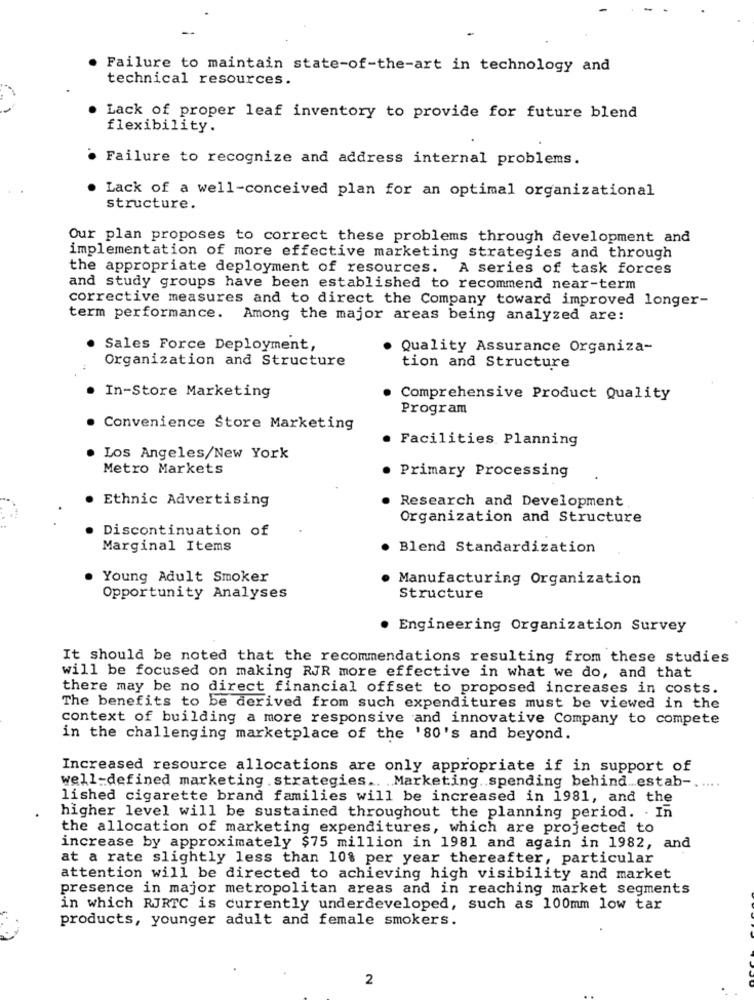
Failure to maintain state-of-the-art in technology and
technical resources.
Lack of proper leaf inventory to provide for future blend
flexibility.
Failure to recognize and address internal problems.
Lack of a well-conceived plan for an optimal organizational
structure.
Our plan proposes to correct these problems through development and
implementation of more effective marketing strategies and through
the appropriate deployment of resources. A series of task forces
and study groups have been established to recommend near-term
corrective measures and to direct the Company toward improved longer-
term performance. Among the major areas being analyzed are:
Sales Force Deployment,
Quality Assurance Organiza-
Organization and Structure
tion and Structure
In-Store Marketing
Comprehensive Product Quality
Program
Convenience Store Marketing
· Facilities Planning
Los Angeles/New York
Metro Markets
. Primary Processing
Ethnic Advertising
Research and Development
Organization and Structure
Discontinuation of
Marginal Items
. Blend Standardization
Young Adult Smoker
· Manufacturing Organization
Opportunity Analyses
Structure
· Engineering Organization Survey
It should be noted that the recommendations resulting from these studies
will be focused on making RJR more effective in what we do, and that
there may be no direct financial offset to proposed increases in costs.
The benefits to be derived from such expenditures must be viewed in the
context of building a more responsive and innovative Company to compete
in the challenging marketplace of the '80's and beyond.
Increased resource allocations are only appropriate if in support of
... .
well-defined marketing strategies .. . Marketing. . spending behind .. estab -..
lished cigarette brand families will be increased in 1981, and the
higher level will be sustained throughout the planning period. . In
the allocation of marketing expenditures, which are projected to
increase by approximately $75 million in 1981 and again in 1982, and
at a rate slightly less than 10% per year thereafter, particular
attention will be directed to achieving high visibility and market
presence in major metropolitan areas and in reaching market segments
in which RJRTC is currently underdeveloped, such as 100mm low tar
products, younger adult and female smokers.
2